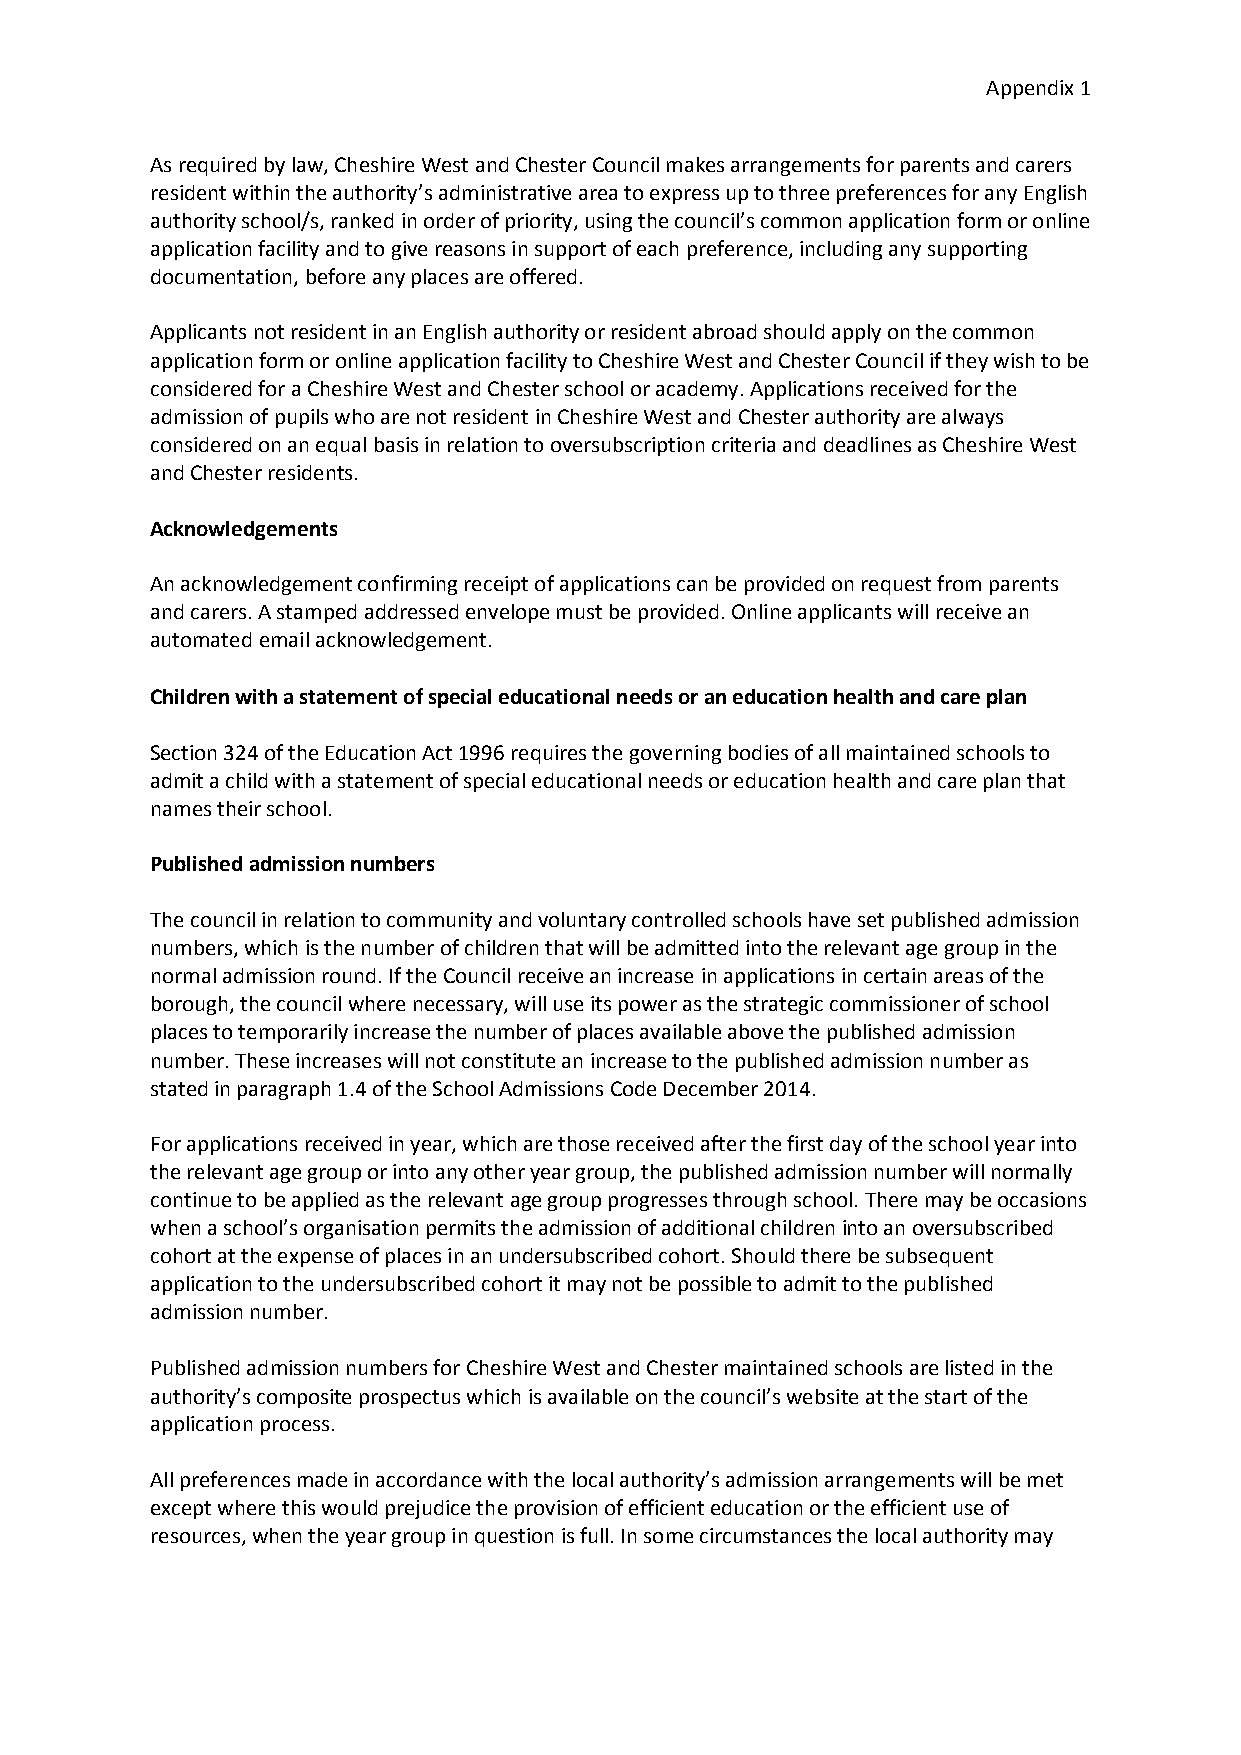
Appendix 1
 As required by law, Cheshire West and Chester Council makes arrangements for parents and carers
 resident within the authority’s administrative area to express up to three preferences for any English
 authority school/s, ranked in order of priority, using the council’s common application form or online
 application facility and to give reasons in support of each preference, including any supporting
 documentation, before any places are offered.
 Applicants not resident in an English authority or resident abroad should apply on the common
 application form or online application facility to Cheshire West and Chester Council if they wish to be
 considered for a Cheshire West and Chester school or academy. Applications received for the
 admission of pupils who are not resident in Cheshire West and Chester authority are always
 considered on an equal basis in relation to oversubscription criteria and deadlines as Cheshire West
 and Chester residents.
 Acknowledgements
 An acknowledgement confirming receipt of applications can be provided on request from parents
 and carers. A stamped addressed envelope must be provided. Online applicants will receive an
 automated email acknowledgement.
 Children with a statement of special educational needs or an education health and care plan
 Section 324 of the Education Act 1996 requires the governing bodies of all maintained schools to
 admit a child with a statement of special educational needs or education health and care plan that
 names their school.
 Published admission numbers
 The council in relation to community and voluntary controlled schools have set published admission
 numbers, which is the number of children that will be admitted into the relevant age group in the
 normal admission round. If the Council receive an increase in applications in certain areas of the
 borough, the council where necessary, will use its power as the strategic commissioner of school
 places to temporarily increase the number of places available above the published admission
 number. These increases will not constitute an increase to the published admission number as
 stated in paragraph 1.4 of the School Admissions Code December 2014.
 For applications received in year, which are those received after the first day of the school year into
 the relevant age group or into any other year group, the published admission number will normally
 continue to be applied as the relevant age group progresses through school. There may be occasions
 when a school’s organisation permits the admission of additional children into an oversubscribed
 cohort at the expense of places in an undersubscribed cohort. Should there be subsequent
 application to the undersubscribed cohort it may not be possible to admit to the published
 admission number.
 Published admission numbers for Cheshire West and Chester maintained schools are listed in the
 authority’s composite prospectus which is available on the council’s website at the start of the
 application process.
 All preferences made in accordance with the local authority’s admission arrangements will be met
 except where this would prejudice the provision of efficient education or the efficient use of
 resources, when the year group in question is full. In some circumstances the local authority may